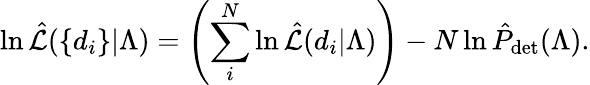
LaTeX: \ln\hat{{\cal L}}(\{ d_{i}\} |\Lambda)=\left(\sum_{i}^{N}\ln\hat{{\cal L}}(d_{i}|\Lambda)\right)-N\ln\hat{P}_{\mathrm{det}}(\Lambda).